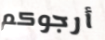
أرجوكم